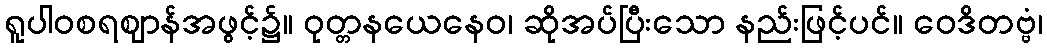
ရူပါဝစရဈာန်အဖွင့်၌။ ဝုတ္တနယေနေဝ၊ ဆိုအပ်ပြီးသော နည်းဖြင့်ပင်။ ဝေဒိတဗ္ဗံ၊